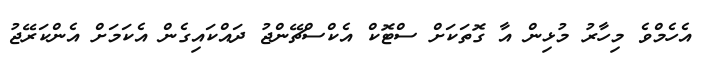
އެހެމްވެ މިހާރު މުޅިން އާ ގޮތަކަށް ސްޓޮކް އެކްސްޗޭންޖު ދައްކައިގެން އެކަމަށް އެންކަރޭޖު